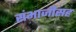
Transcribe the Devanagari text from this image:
संभाजीसह